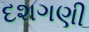
દશગણી